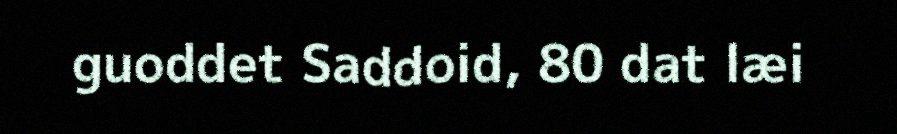
guoddet Saddoid, 80 dat læi